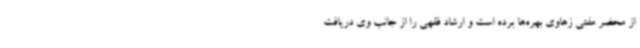
از محضر مفتی زهاوی بهره‌ها برده است و ارشاد فقهی را از جانب وی دریافت